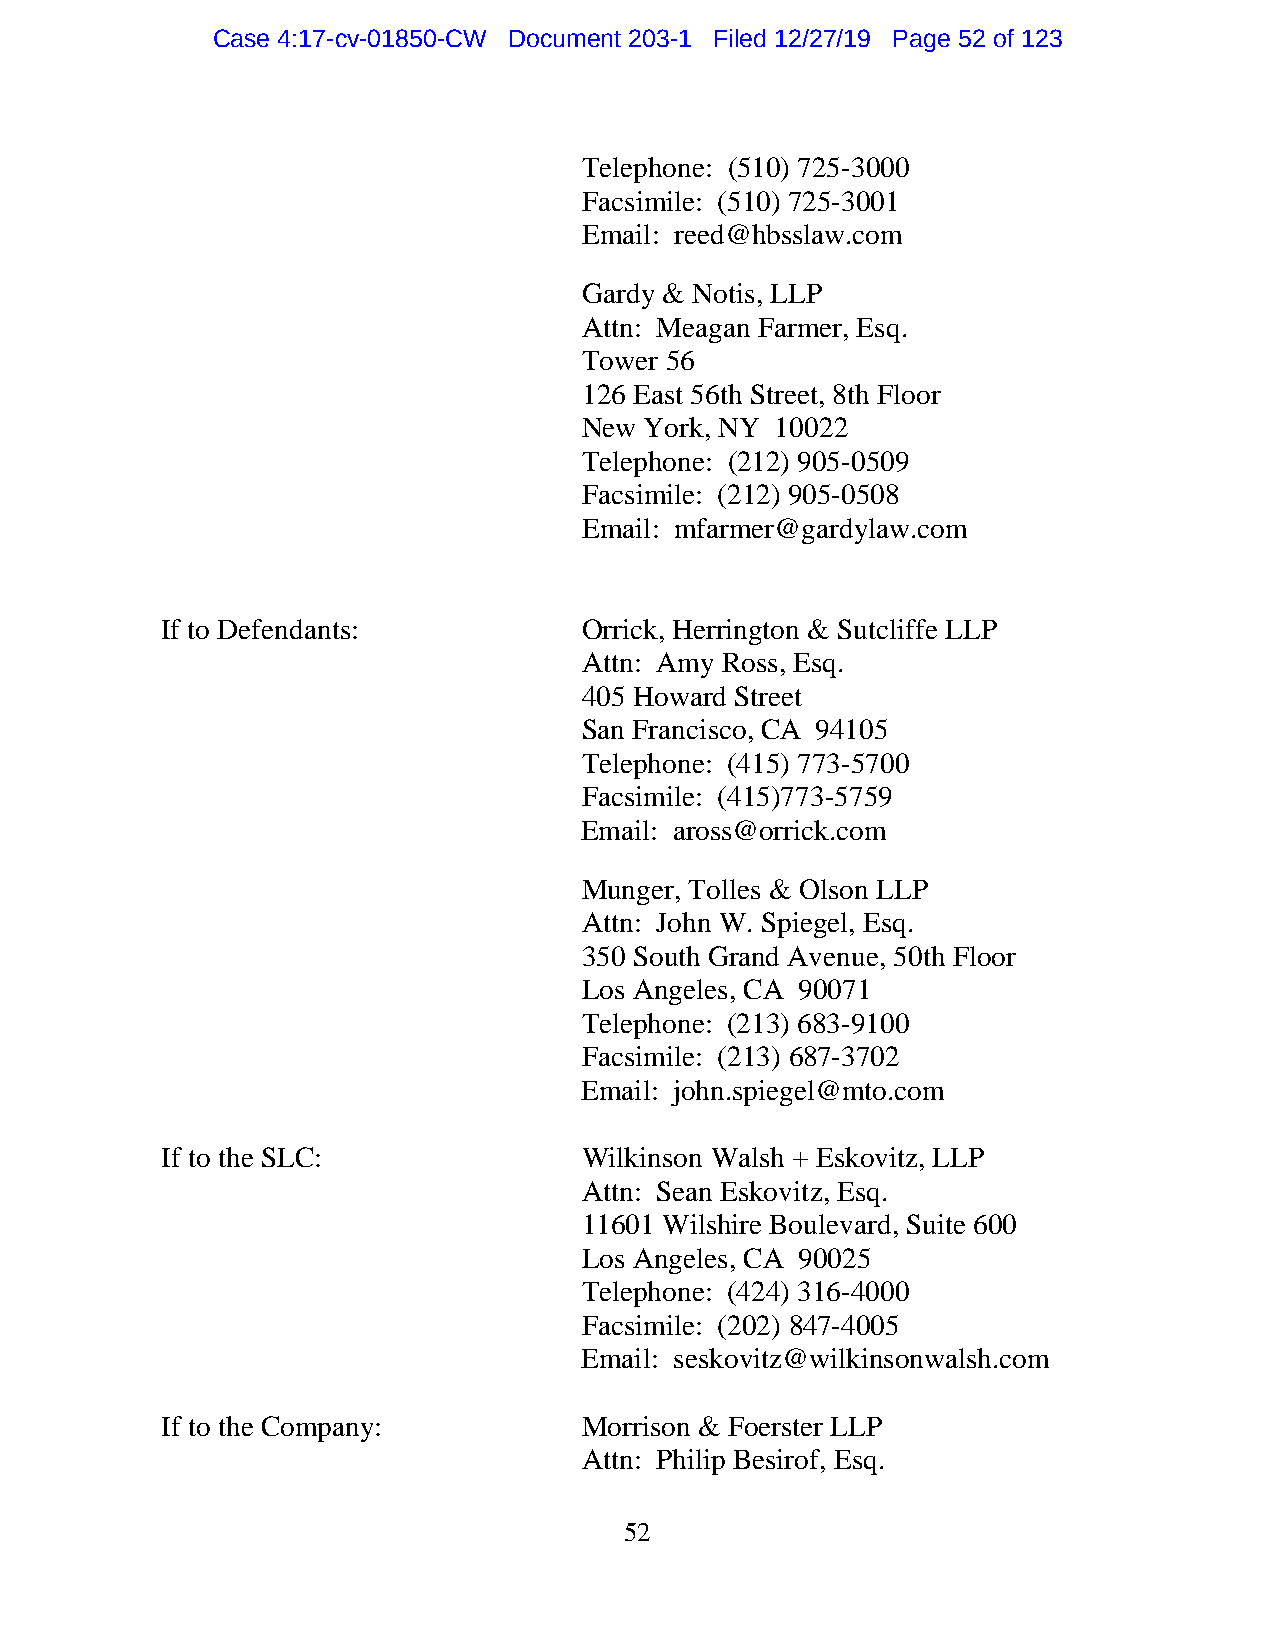
Case 4:17-cv-01850-CW Document 203-1 Filed 12/27/19 Page 52 of 123
 Telephone: (510) 725-3000
 Facsimile: (510) 725-3001
 Email: reed@hbsslaw.com
 Gardy & Notis, LLP
 Attn: Meagan Farmer, Esq.
 Tower 56
 126 East 56th Street, 8th Floor
 New York, NY 10022
 Telephone: (212) 905-0509
 Facsimile: (212) 905-0508
 Email: mfarmer@gardylaw.com
 If to Defendants:           Orrick, Herrington & Sutcliffe LLP
 Attn: Amy Ross, Esq.
 405 Howard Street
 San Francisco, CA 94105
 Telephone: (415) 773-5700
 Facsimile: (415)773-5759
 Email: aross@orrick.com
 Munger, Tolles & Olson LLP
 Attn: John W. Spiegel, Esq.
 350 South Grand Avenue, 50th Floor
 Los Angeles, CA 90071
 Telephone: (213) 683-9100
 Facsimile: (213) 687-3702
 Email: john.spiegel@mto.com
 If to the SLC:              Wilkinson Walsh + Eskovitz, LLP
 Attn: Sean Eskovitz, Esq.
 11601 Wilshire Boulevard, Suite 600
 Los Angeles, CA 90025
 Telephone: (424) 316-4000
 Facsimile: (202) 847-4005
 Email: seskovitz@wilkinsonwalsh.com
 If to the Company:          Morrison & Foerster LLP
 Attn: Philip Besirof, Esq.
 52